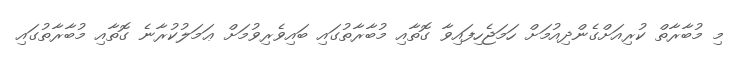
މި މުބާރާތް ކުރިއަށްގެންދިއުމަށް ހަމަޖެހިފައިވާ ގޮތާއި މުބާރާތުގައި ބައިވެރިވުމަށް ޢަމަލުކުރާނެ ގޮތާއި މުބާރާތުގައި